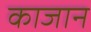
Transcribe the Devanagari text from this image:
काजान